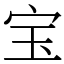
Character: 宝